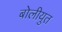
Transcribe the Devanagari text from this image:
बोलीयुत